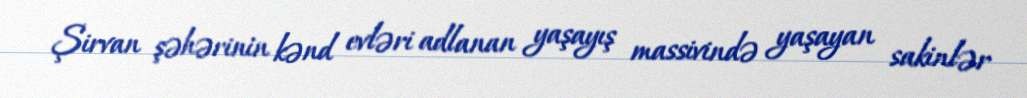
Şirvan şəhərinin kənd evləri adlanan yaşayış massivində yaşayan sakinlər